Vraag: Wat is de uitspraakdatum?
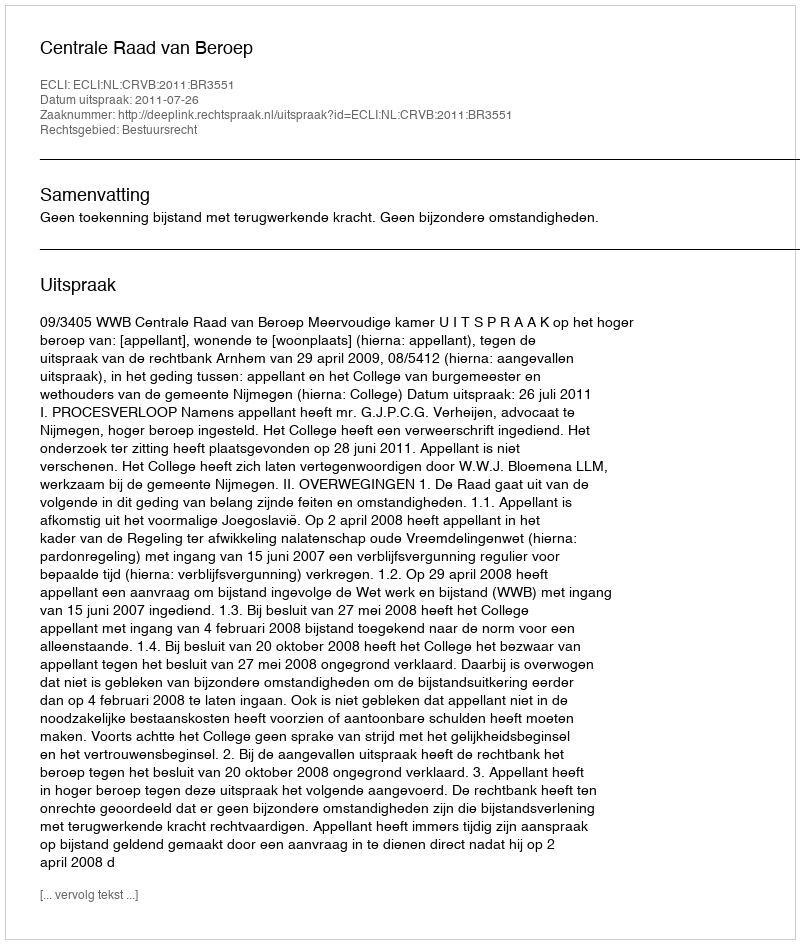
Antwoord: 2011-07-26